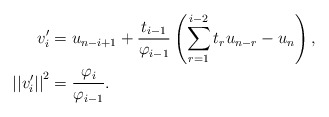
\begin{align*}v_i^\prime&=u_{n-i+1}+\frac{t_{i-1}}{\varphi_{i-1}}\left(\sum_{r=1}^{i-2}t_ru_{n-r}-u_n\right), \\ \left|\left|v_i^\prime\right|\right|^2&=\frac{\varphi_i}{\varphi_{i-1}}.\end{align*}